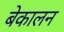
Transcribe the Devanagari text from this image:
बेकालन